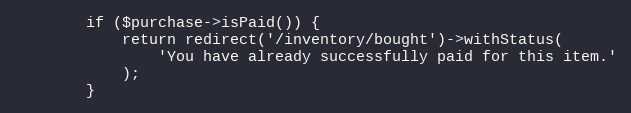
Language: PHP
        if ($purchase->isPaid()) {
            return redirect('/inventory/bought')->withStatus(
                'You have already successfully paid for this item.'
            );
        }